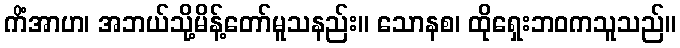
ကိံအာဟ၊ အဘယ်သို့မိန့်တော်မူသနည်း။ သောနစ၊ ထိုရှေးဘဝကသူသည်။